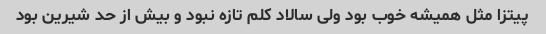
پیتزا مثل همیشه خوب بود ولی سالاد کلم تازه نبود و بیش از حد شیرین بود